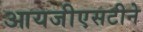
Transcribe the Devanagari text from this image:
आयजीएसटीने